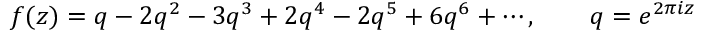
f ( z ) = q - 2 q ^ { 2 } - 3 q ^ { 3 } + 2 q ^ { 4 } - 2 q ^ { 5 } + 6 q ^ { 6 } + \cdots , \qquad q = e ^ { 2 \pi i z }